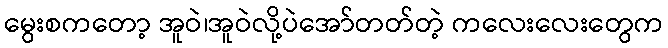
မွေးစကတော့ အူဝဲ၊အူဝဲလို့ပဲအော်တတ်တဲ့ ကလေးလေးတွေက